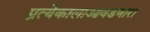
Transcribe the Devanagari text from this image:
प्रत्येकालाआवडणारा